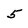
Character: 5